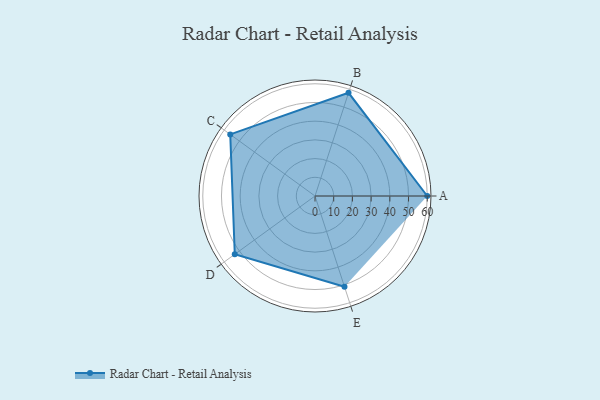
{"axis": {"x": "Skill", "y": "Score"}, "legend": ["Profile"], "data": [{"x": "A", "y": 60.0, "type": "Profile"}, {"x": "B", "y": 58.0, "type": "Profile"}, {"x": "C", "y": 56.0, "type": "Profile"}, {"x": "D", "y": 53.0, "type": "Profile"}, {"x": "E", "y": 51.0, "type": "Profile"}]}